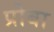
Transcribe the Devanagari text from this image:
प्रोबा